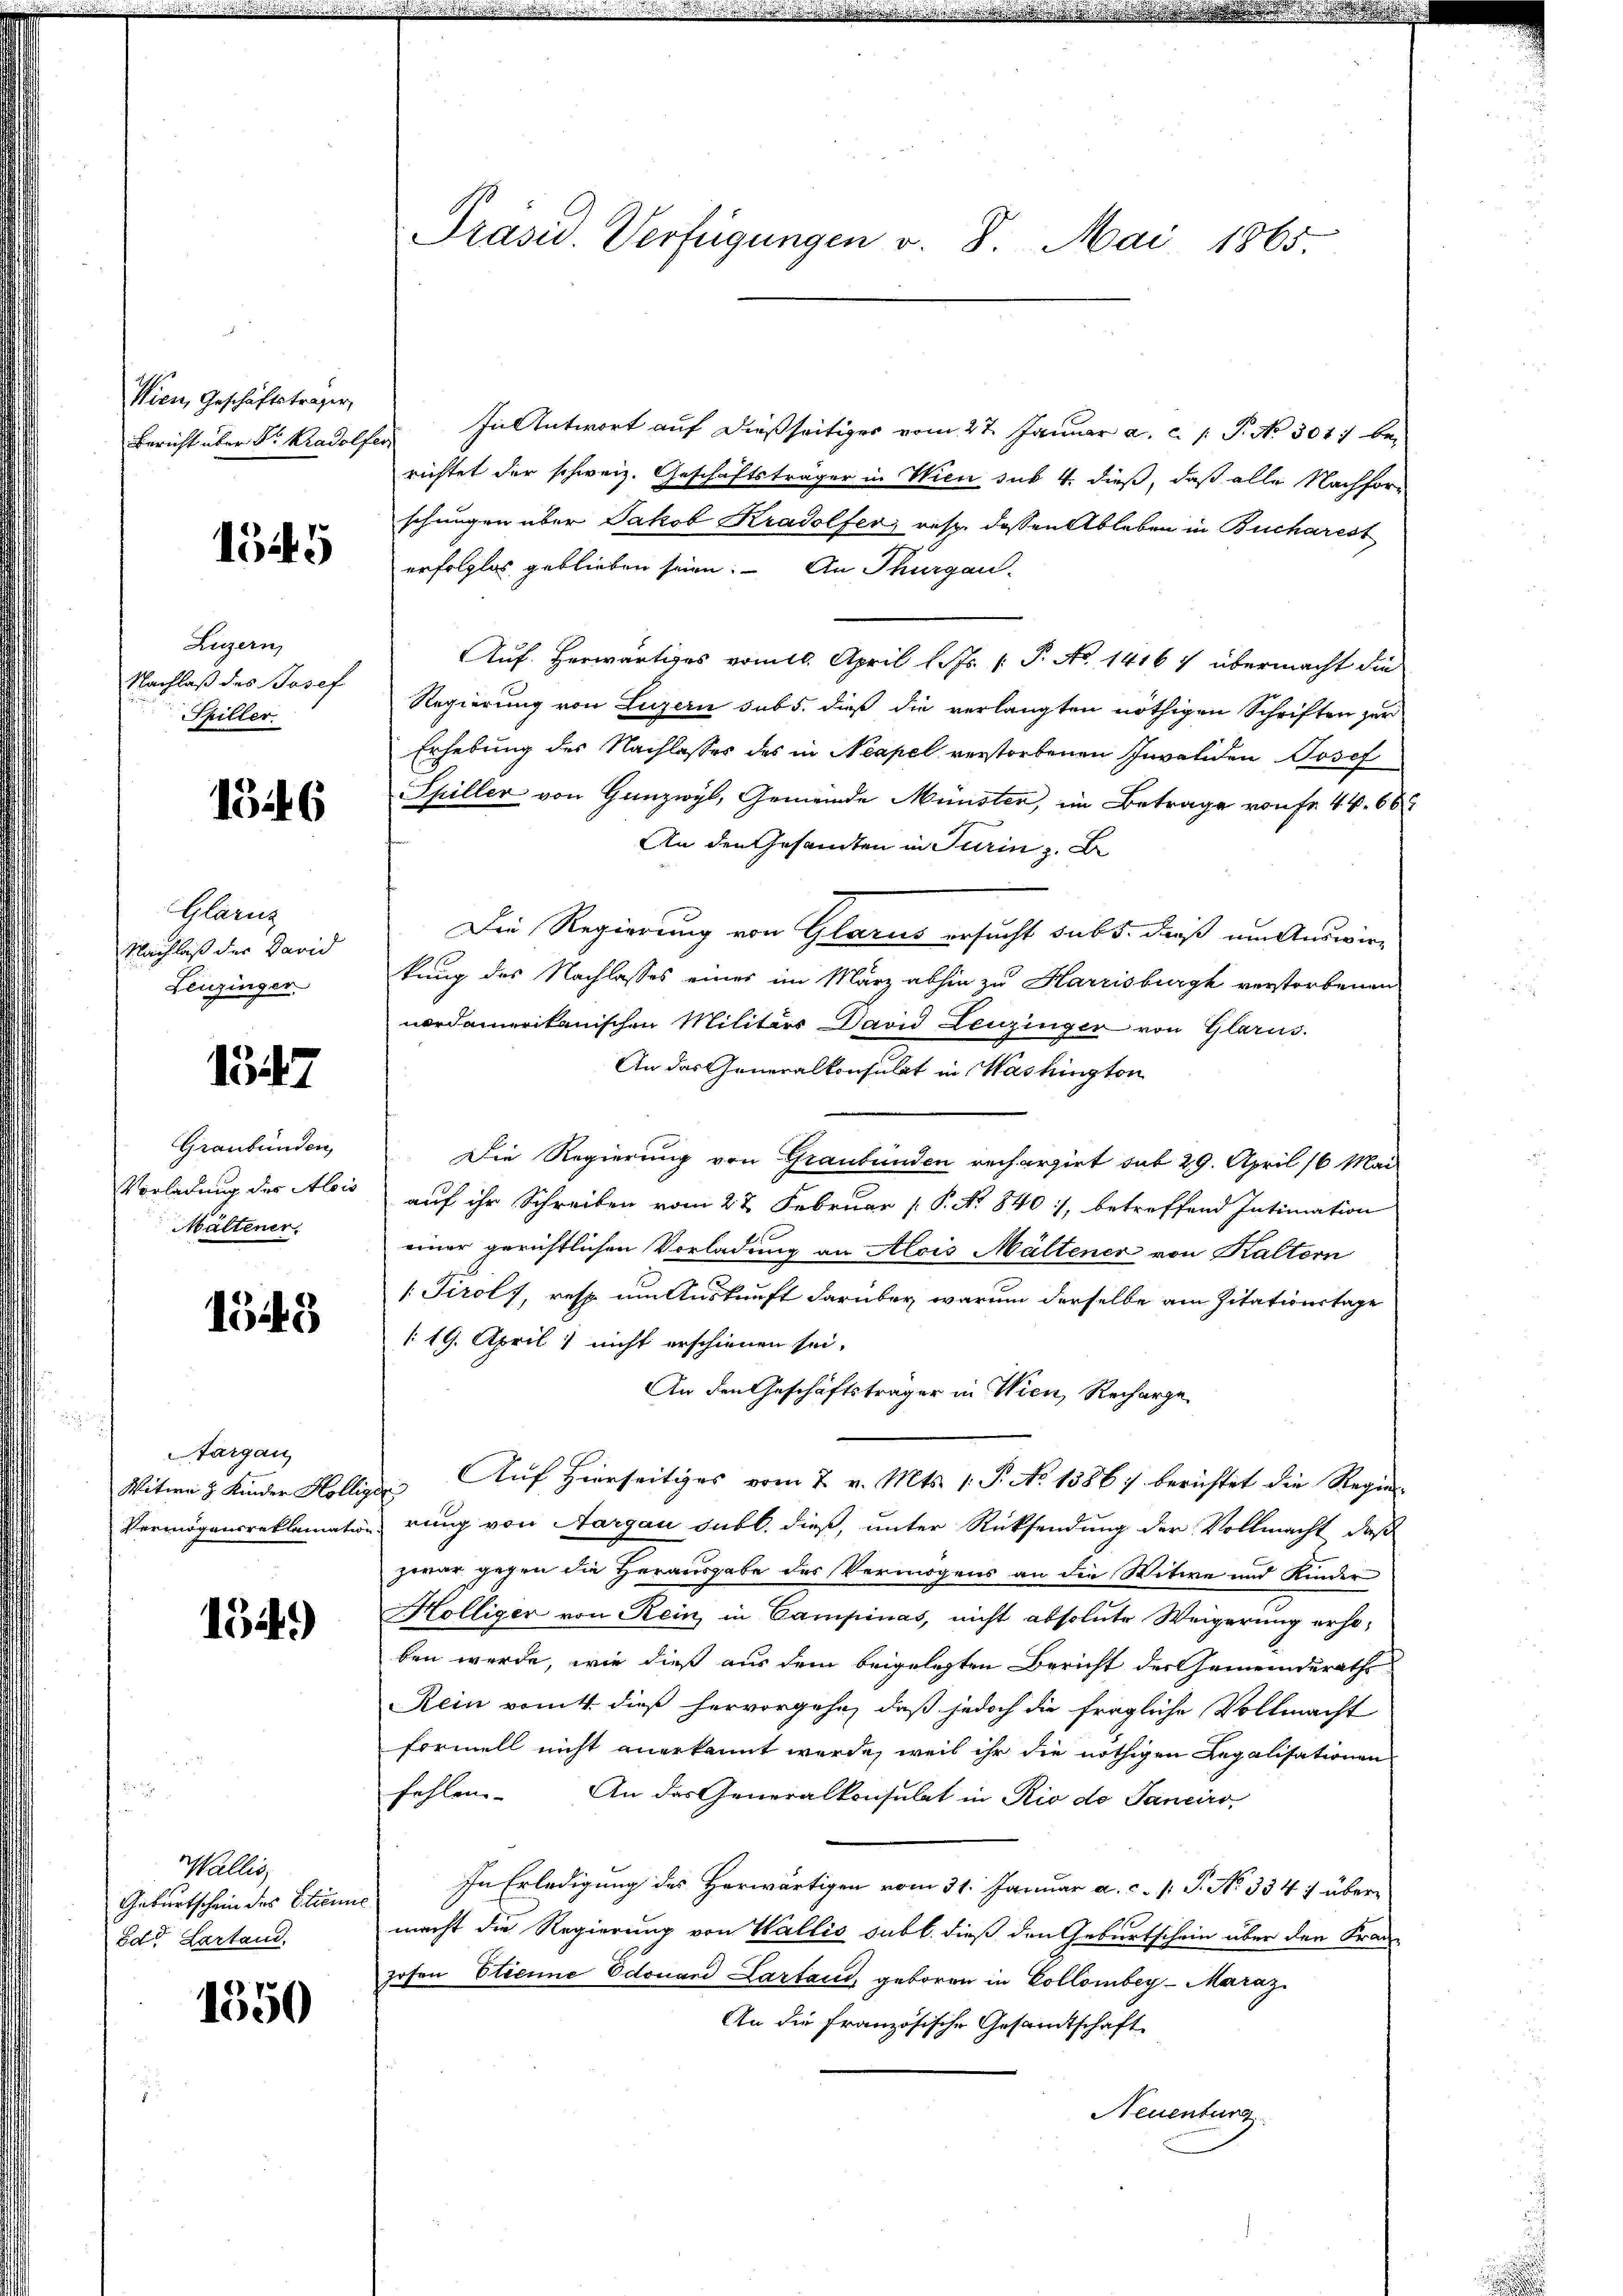
Wien, Geschäftsträger,
Bericht über Dr. Kradolfer

155

Luzern
Nachlaß des Josef
Spiller.

1346

Glarus
Nachlaß der David
Leuzinger

1347

Graubünden,
Vorladung des Alois
Maltener.

1543

Aargau
Witwe z. Kinder Kolle,
Vermögensreklamatio

134.)

allis,
Geburtschein des Strenn
Edt Lartand.

1550

Präsid. Verfügungen v. 8. Mai 1865

In Antwort auf dießseitiges vom 27. Januar a. c. 1 P. No 301. be-
richtet der schweiz. Geschäftsträger in Wien sub 4. dieß, daß alle Nachforschungen über Jakob Kradolfer, resp. dessen Ableben in Bucharest
erfolglos geblieben seien. – An Thurgau
Auf. Herwärtiges vom 16. April l. Js. [ P. No 1416) übermacht die
Regierung von Luzern sub 5. dieß die verlangten nöthigen Schriften zur
Erhebung der Nachlasses des in Neapel verstorbenen Invaliden Josef
Spiller von Ganzwyl, Gemeinde Münster, im Betrage von fr. 44. 66
An den Gesamten in Turin z. B
Die Regierung von Glarus ersucht subs, daß um Auswirkung des Nachlasses einer im März abhin zu Harrisburgh verstorbenen
nordamerikanischen Militärs David Leuzinger von Glarus.
An das Generalkonsulat in Washington
Die Regierung von Graubünden recherzirt sub 29. April 16 Mai
auf ihr Schreiben vom 22 Februar [ P. N. 840, betreffend Intimation
einer gerichtlichen Vorladung an Alois Maltener von Kaltern
1 Tirol, resp. um Auskunft darüber warum derselbe am Zitationstage
/19. April) nicht erschienen sei.
An den Geschäftsträger in Wien, Recharge
 Auf Hierseitiges vom 7 v. Mts. 1. P. No 1386) berichtet die Regier-
rung von Aargau subl. dieß, unter Rücksendung der Vollmacht, daß
zwar gegen die Herausgabe des Vermögens an die Witwe und Kinder
Hölliger von Rein, in Campinas, nicht absolute Weigerung erhoben werde, wie dieß aus dem beigelegten Bericht der Gemeinderath
Rein vom 4. dieß hervorgehe, daß jedoch die fragliche Vollmacht
formell nicht angekannt werde, weil ihr die nöthigen Regalisationen
fehlen. An das Generalkonsulat in Rio do Sanciro,
In Erledigung des Herwärtigen vom 31. Januar a. c. P. P. No 334: über
macht die Regierung von Wallis subl. dieß den Geburtschein über den Franz
hohen Etienne Edouand Lartaud, geboren in Collomber-Maraz
An die französische Gesandtschaft
Neuenburg